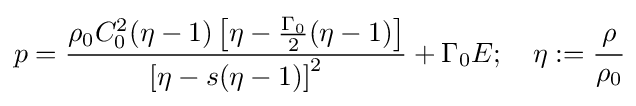
p={\frac {\rho _{0}C_{0}^{2}(\eta -1)\left[\eta -{\frac {\Gamma _{0}}{2}}(\eta -1)\right]}{\left[\eta -s(\eta -1)\right]^{2}}}+\Gamma _{0}E;\quad \eta :={\cfrac {\rho }{\rho _{0}}}